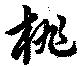
桃